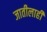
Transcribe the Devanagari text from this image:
जातीलाही